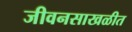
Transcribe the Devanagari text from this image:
जीवनसाखळीत